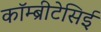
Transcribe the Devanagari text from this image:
कॉम्ब्रीटेसिई